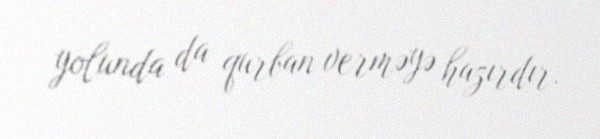
yolunda da qurban verməyə hazırdır.